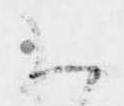
御